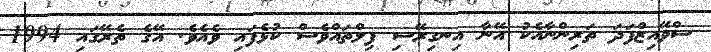
ސްވޭއިޒްފަދަ ތަރިންނާއެކު އޭނާ އިނގިރޭސި ފިލްތައްވެސް ކުޅެފައި ވެއެވެ. އޭގެ ތެރޭގައި 1994